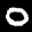
Label: 0